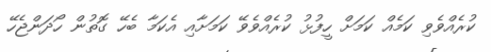
ކުރެއްވެވި ކަމެއް ކަމަށް ހީފުޅު ކުރެއްވެވޭ ކަމަށާއި އެކަމާ ބެހޭ ގޮތުން ހޯދަންޖެހޭ